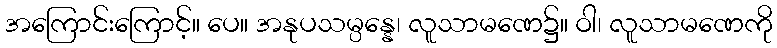
အကြောင်းကြောင့်။ ပေ။ အနုပသမ္ပန္နေ၊ လူသာမဏေ၌။ ဝါ၊ လူသာမဏေကို